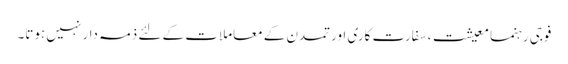
فوجی رہنما معیشت، سفارت کاری اور تمدن کے معاملات کے لئے ذمہ دار نہیں ہوتا۔